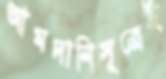
আমদানিসূত্রেই